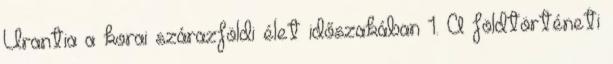
Urantia a korai szárazföldi élet időszakában 1. A földtörténeti